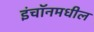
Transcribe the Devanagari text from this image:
इंचॉनमधील